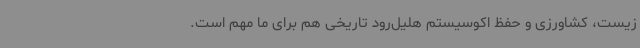
زیست، کشاورزی و حفظ اکوسیستم هلیل‌رود تاریخی هم برای ما مهم است.